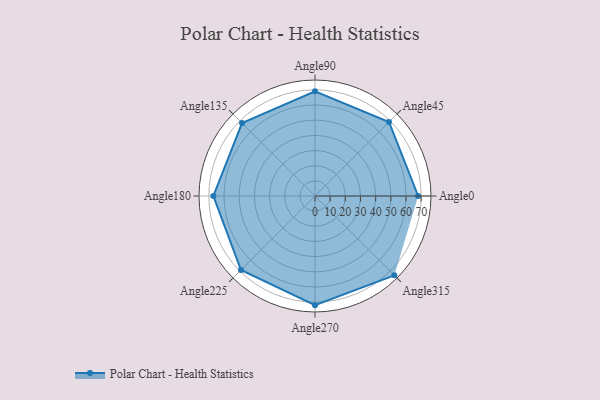
{"axis": {"x": "Angle", "y": "Radius"}, "legend": [""], "data": [{"x": "Angle0", "y": 68.0, "type": ""}, {"x": "Angle45", "y": 69.0, "type": ""}, {"x": "Angle90", "y": 69.0, "type": ""}, {"x": "Angle135", "y": 68.0, "type": ""}, {"x": "Angle180", "y": 67.0, "type": ""}, {"x": "Angle225", "y": 69.0, "type": ""}, {"x": "Angle270", "y": 72.0, "type": ""}, {"x": "Angle315", "y": 74.0, "type": ""}]}